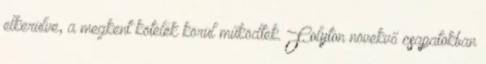
elkerülve, a megkent kötelék körül működtek. Folyton növekvő csapatokban